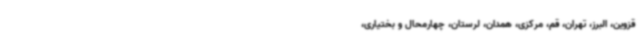
قزوین، البرز، تهران، قم، مرکزی، همدان، لرستان، چهارمحال و بختیاری،